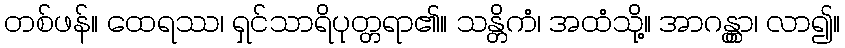
တစ်ဖန်။ ထေရဿ၊ ရှင်သာရိပုတ္တရာ၏။ သန္တိကံ၊ အထံသို့။ အာဂန္တွာ၊ လာ၍။